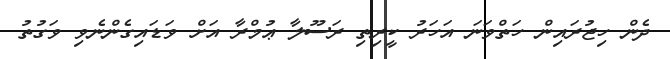
ދެން ހިޖުރައިން ހަތްވަނަ އަހަރު ކީރިތި ރަސޫލާ ޢުމްރާ އަށް ވަޑައިގެންނެވި ވަގުތު